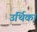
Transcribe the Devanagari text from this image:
उर्थिका